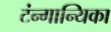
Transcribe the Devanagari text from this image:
टंन्गान्यिका